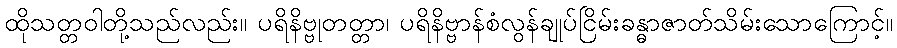
ထိုသတ္တဝါတို့သည်လည်း။ ပရိနိဗ္ဗုတတ္တာ၊ ပရိနိဗ္ဗာန်စံလွန်ချုပ်ငြိမ်းခန္ဓာဇာတ်သိမ်းသောကြောင့်။